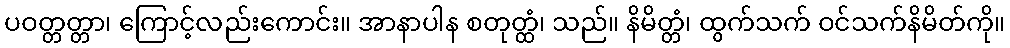
ပဝတ္တတ္တာ၊ ကြောင့်လည်းကောင်း။ အာနာပါန စတုတ္ထံ၊ သည်။ နိမိတ္တံ၊ ထွက်သက် ဝင်သက်နိမိတ်ကို။